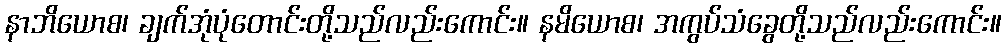
နာဘိယောစ၊ ချက်အုံပုံတောင်းတို့သည်လည်းကောင်း။ နမိယောစ၊ အကွပ်သံခွေတို့သည်လည်းကောင်း။